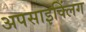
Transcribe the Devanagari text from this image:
अपसाइक्लिंग